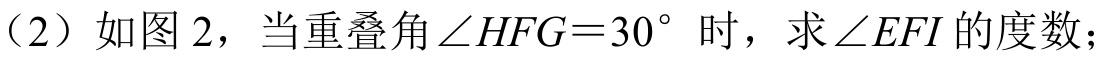
（2）如图 2，当重叠角 \(\angle HFG = 30^{\circ}\) 时，求 \(\angle EFI\) 的度数；